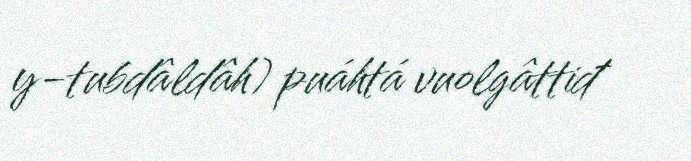
y-tubdâldâh) puáhtá vuolgâttiđ